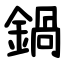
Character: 鍋